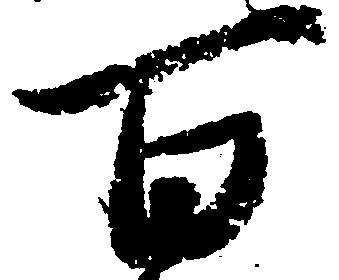
百